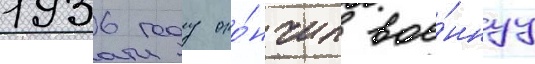
1936 году око́нчил вое́ннуу